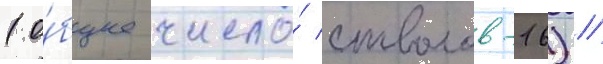
(о́бщее число́ стволов-16) //